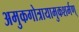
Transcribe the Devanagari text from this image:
अमुकगोत्रायामुकशर्मण्